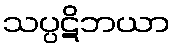
သပ္ပဋိဘယာ